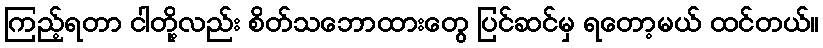
ကြည့်ရတာ ငါတို့လည်း စိတ်သဘောထားတွေ ပြင်ဆင်မှ ရတော့မယ် ထင်တယ်။